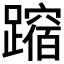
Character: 𲄉